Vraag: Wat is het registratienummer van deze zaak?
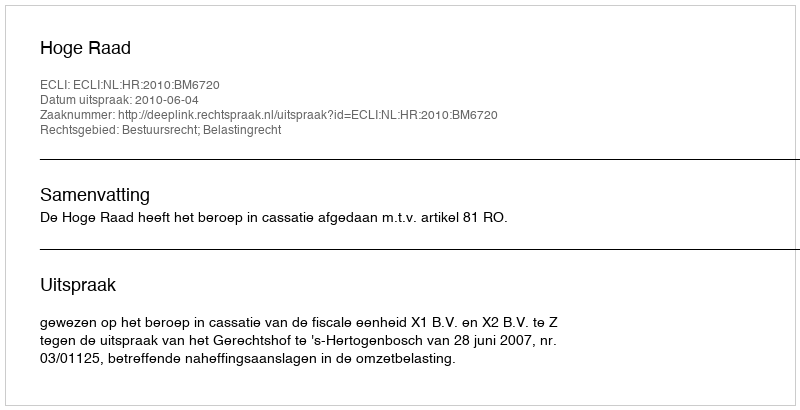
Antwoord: http://deeplink.rechtspraak.nl/uitspraak?id=ECLI:NL:HR:2010:BM6720